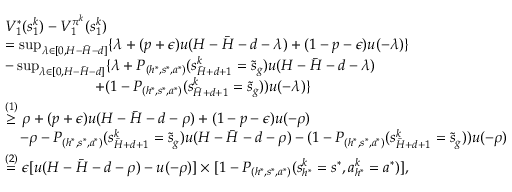
\begin{array} { r l } & { V _ { 1 } ^ { * } ( s _ { 1 } ^ { k } ) - V _ { 1 } ^ { \pi ^ { k } } ( s _ { 1 } ^ { k } ) } \\ & { = \operatorname* { s u p } _ { \lambda \in [ 0 , H - \bar { H } - d ] } \{ \lambda + ( p + \epsilon ) u ( H - \bar { H } - d - \lambda ) + ( 1 - p - \epsilon ) u ( - \lambda ) \} } \\ & { - \operatorname* { s u p } _ { \lambda \in [ 0 , H - \bar { H } - d ] } \{ \lambda + P _ { ( h ^ { * } , s ^ { * } , a ^ { * } ) } ( s _ { \bar { H } + d + 1 } ^ { k } = \tilde { s } _ { g } ) u ( H - \bar { H } - d - \lambda ) } \\ & { \quad \quad \quad \quad \quad \quad + ( 1 - P _ { ( h ^ { * } , s ^ { * } , a ^ { * } ) } ( s _ { \bar { H } + d + 1 } ^ { k } = \tilde { s } _ { g } ) ) u ( - \lambda ) \} } \\ & { \overset { ( 1 ) } { \geq } \rho + ( p + \epsilon ) u ( H - \bar { H } - d - \rho ) + ( 1 - p - \epsilon ) u ( - \rho ) } \\ & { \quad - \rho - P _ { ( h ^ { * } , s ^ { * } , a ^ { * } ) } ( s _ { \bar { H } + d + 1 } ^ { k } = \tilde { s } _ { g } ) u ( H - \bar { H } - d - \rho ) - ( 1 - P _ { ( h ^ { * } , s ^ { * } , a ^ { * } ) } ( s _ { \bar { H } + d + 1 } ^ { k } = \tilde { s } _ { g } ) ) u ( - \rho ) } \\ & { \overset { ( 2 ) } { = } \epsilon [ u ( H - \bar { H } - d - \rho ) - u ( - \rho ) ] \times [ 1 - P _ { ( h ^ { * } , s ^ { * } , a ^ { * } ) } ( s _ { h ^ { * } } ^ { k } = s ^ { * } , a _ { h ^ { * } } ^ { k } = a ^ { * } ) ] , } \end{array}